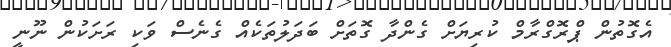
އެގޮތުން ޕްރޮގްރާމް ކުރިޔަށް ގެންދާ ގޮތަށް ބަދަލުތަކެއް ގެނެސް ވަކި ރަށަކުން ނޫނީ